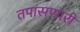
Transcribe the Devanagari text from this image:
तपासणारी